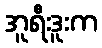
အူရီးဒူးက